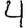
Digit: 4